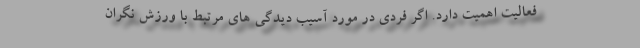
فعالیت اهمیت دارد. اگر فردی در مورد آسیب دیدگی های مرتبط با ورزش نگران